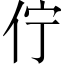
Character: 佇